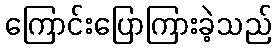
ကြောင်းပြောကြားခဲ့သည်